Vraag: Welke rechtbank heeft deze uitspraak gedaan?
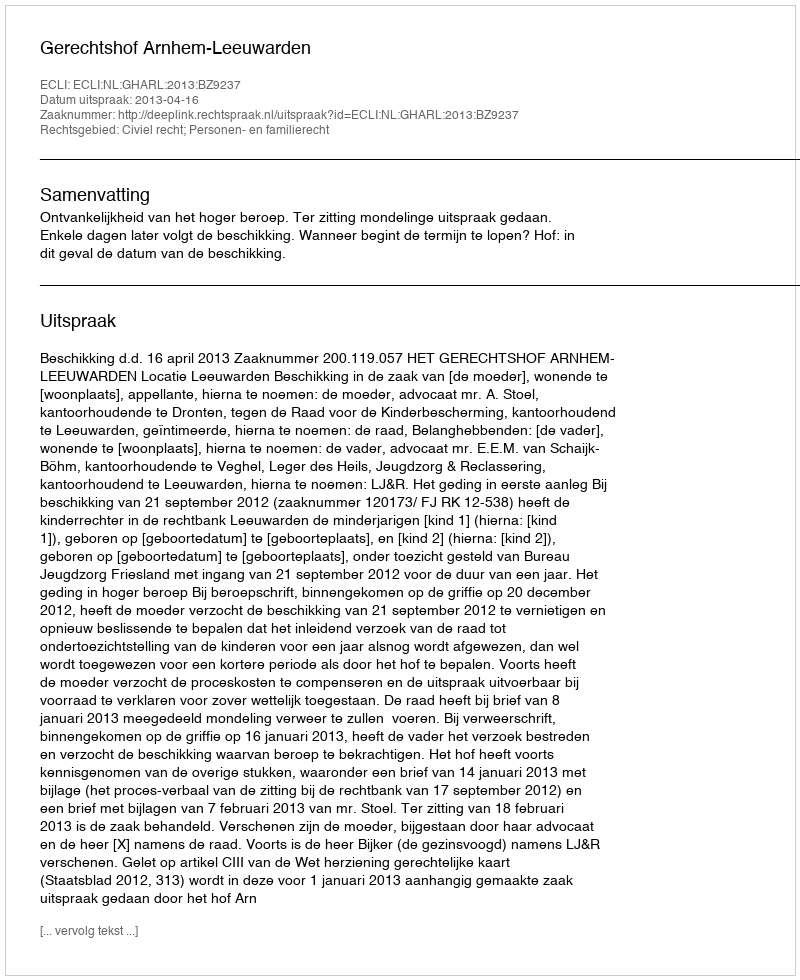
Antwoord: Gerechtshof Arnhem-Leeuwarden